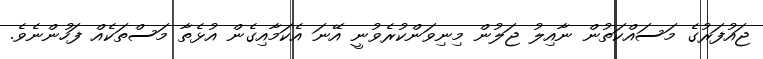
ޖައުފަރުގެ މަސައްކަތުން ނާއިލު ޖަލުން މިނިވަންކުރެވުނީ އޭނަ އެކަމާއިގެން އުޅެތާ މަސްތަކެއް ފަހުންނެވެ.